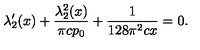
\lambda _ { 2 } ^ { \prime } ( x ) + \frac { \lambda _ { 2 } ^ { 2 } ( x ) } { \pi c p _ { 0 } } + \frac { 1 } { 1 2 8 \pi ^ { 2 } c x } = 0 .